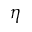
\eta